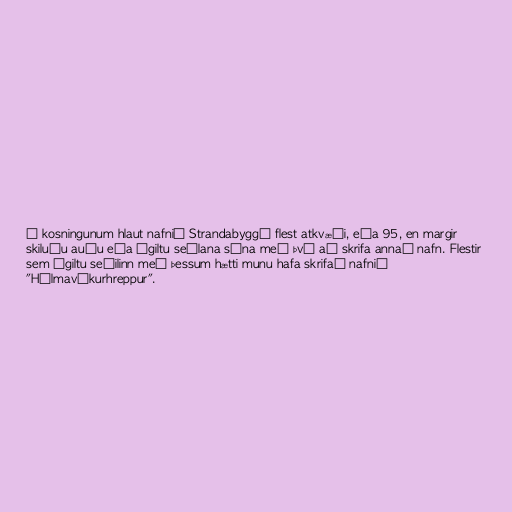
Í kosningunum hlaut nafnið Strandabyggð flest atkvæði, eða 95, en margir
skiluðu auðu eða ógiltu seðlana sína með því að skrifa annað nafn. Flestir
sem ógiltu seðilinn með þessum hætti munu hafa skrifað nafnið
"Hólmavíkurhreppur".